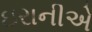
ઇરાનીએ